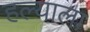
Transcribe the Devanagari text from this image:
हल्याला